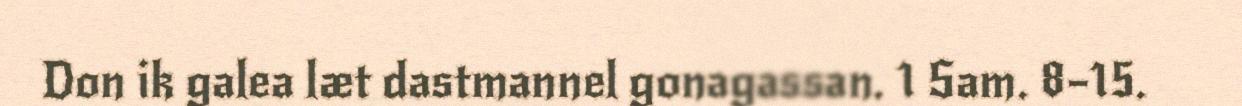
Don ik galea læt dastmannel gonagassan. 1 Sam. 8–15.